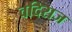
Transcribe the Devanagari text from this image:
वदिराज